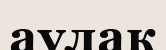
аулак